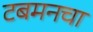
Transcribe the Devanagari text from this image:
टबमनचा